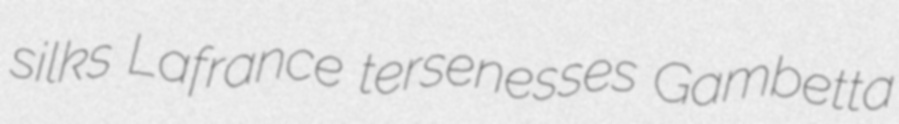
silks Lafrance tersenesses Gambetta